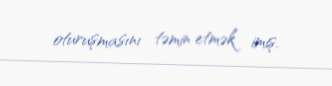
oturuşmasını təmin etmək imiş.